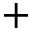
+